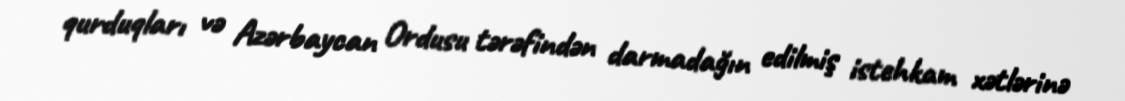
qurduqları və Azərbaycan Ordusu tərəfindən darmadağın edilmiş istehkam xətlərinə